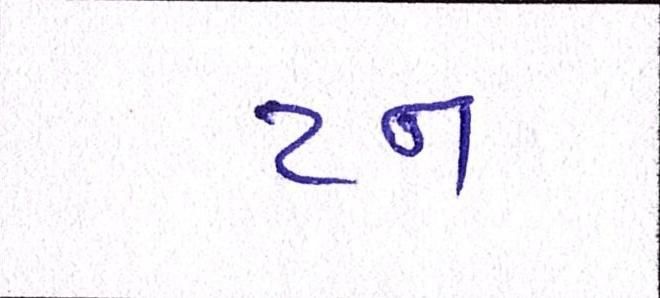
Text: ટન